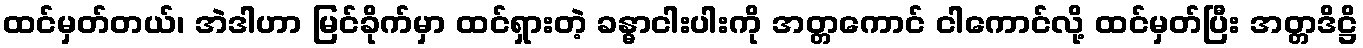
ထင်မှတ်တယ်၊ အဲဒါဟာ မြင်ခိုက်မှာ ထင်ရှားတဲ့ ခန္ဓာငါးပါးကို အတ္တကောင် ငါကောင်လို့ ထင်မှတ်ပြီး အတ္တဒိဋ္ဌိ